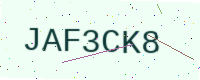
Text: JAF3CK8